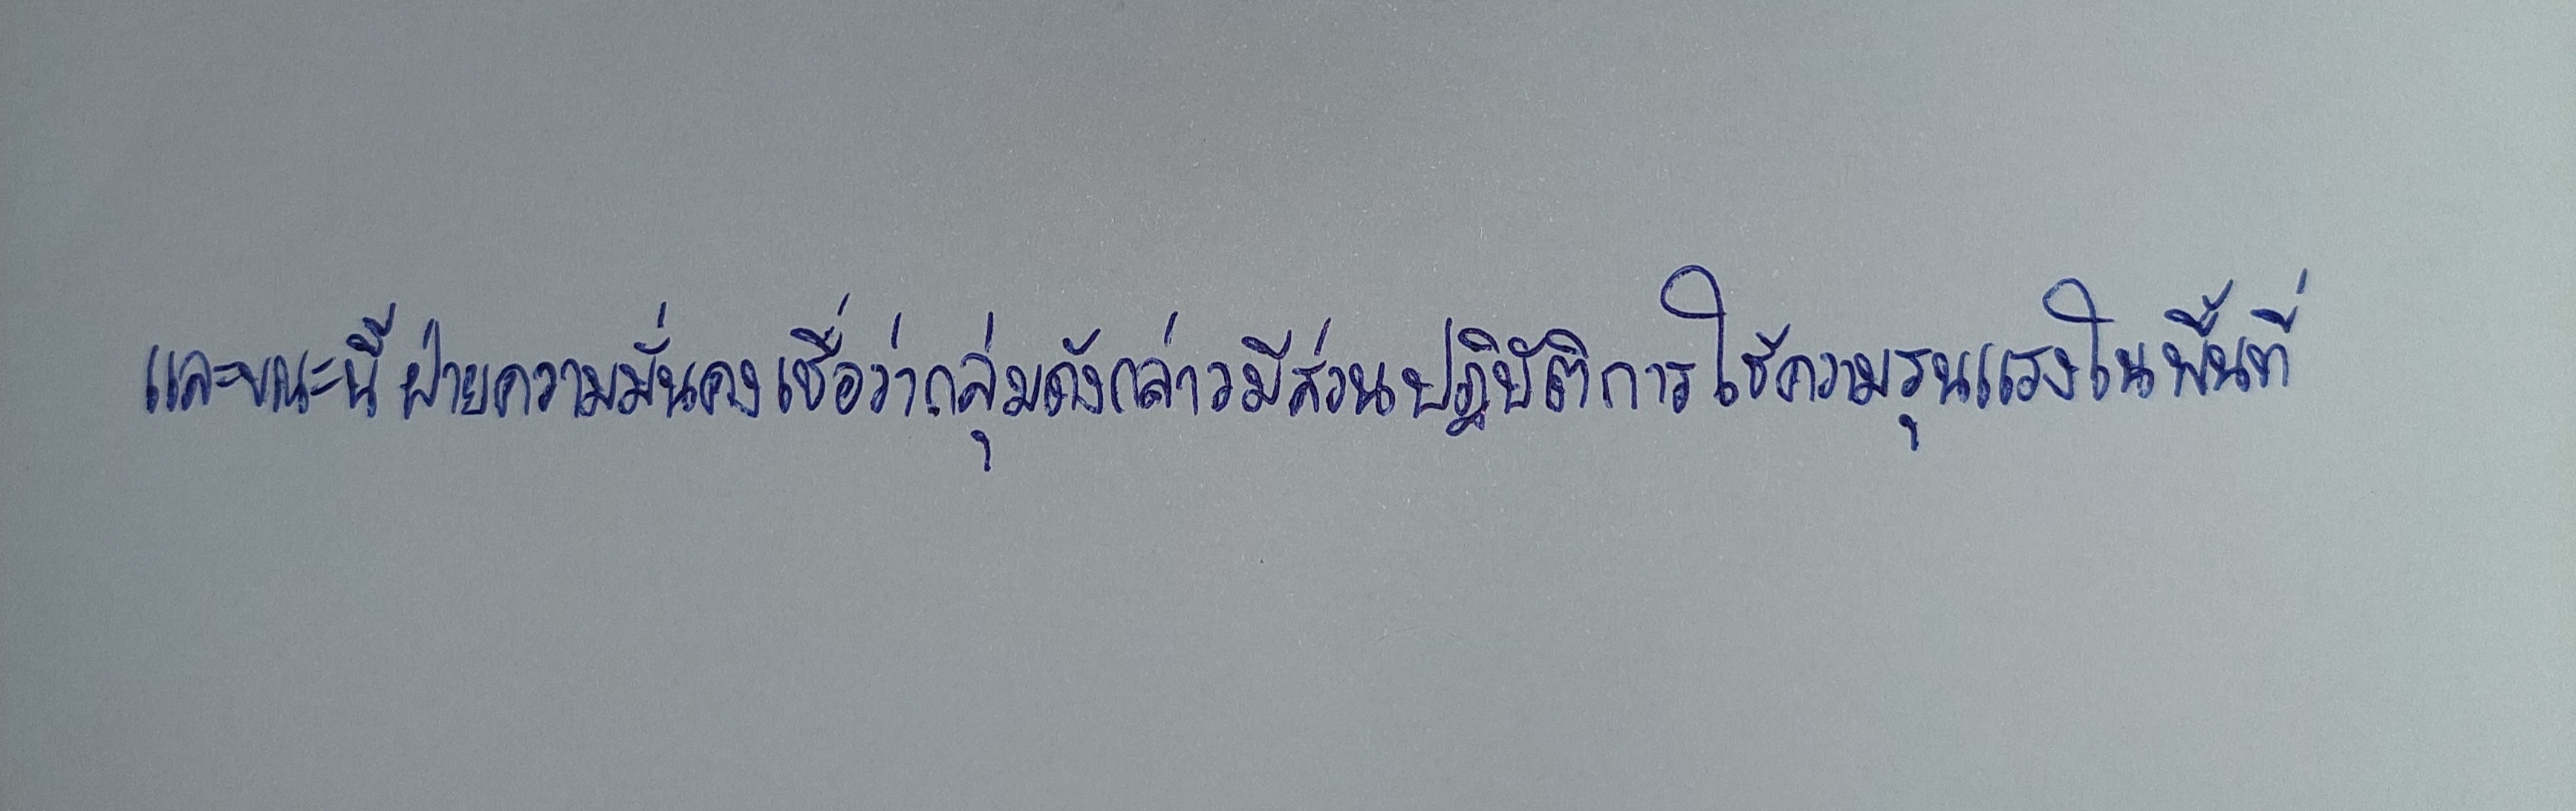
และขณะนี้ฝ่ายความมั่นคงเชื่อว่ากลุ่มดังกล่าวมีส่วนปฏิบัติการใช้ความรุนแรงในพื้นที่